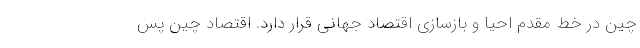
چین در خط مقدم احیا و بازسازی اقتصاد جهانی قرار دارد. اقتصاد چین پس